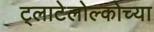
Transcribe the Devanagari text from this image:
ट्लाटेलोल्कोच्या